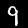
Label: 9